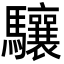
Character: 驤